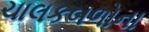
ચાલકબળોના